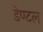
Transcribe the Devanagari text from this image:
डेण्टल